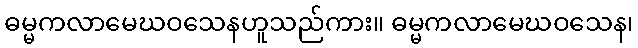
ဓမ္မကလာမေဃဝသေနဟူသည်ကား။ ဓမ္မကလာမေဃဝသေန၊